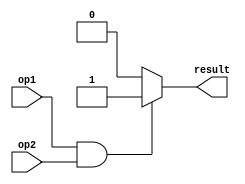
module AND( result, op1, op2 ) ;
	input op1,op2 ;
	output result ;
	wire temp ;
	assign temp = op1 & op2 ;
	assign result = ( temp == 1'b1 ) ? 1'b1 : 1'b0 ;
		
endmodule